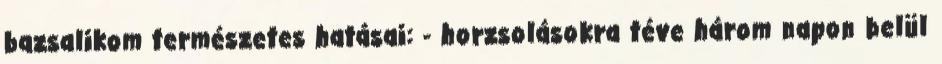
bazsalikom természetes hatásai: - horzsolásokra téve három napon belül